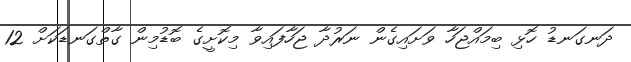
ދަނގަނޑު ހޮޅި ބިމައްޖަހާ ވަށައިގެން ނަރުދާ ޖަހާފައިވާ މިކޮށީގެ ބޮޑުމިން ގާތްގަނޑަކަށް 12